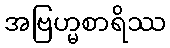
အဗြဟ္မစာရိဿ